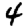
Digit: 4